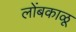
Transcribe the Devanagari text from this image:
लोंबकाळू